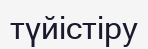
түйістіру